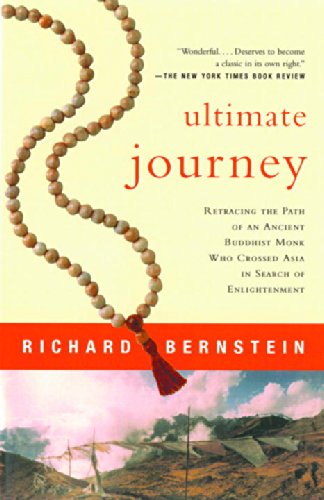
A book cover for Ultimate Journey: Retracing the Path of an Ancient Buddhist Monk Who Crossed Asia in Search of Enlightenment; Richard Bernstein; Religion & Spirituality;